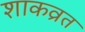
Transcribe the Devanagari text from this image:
शाकव्रत